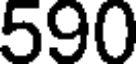
590